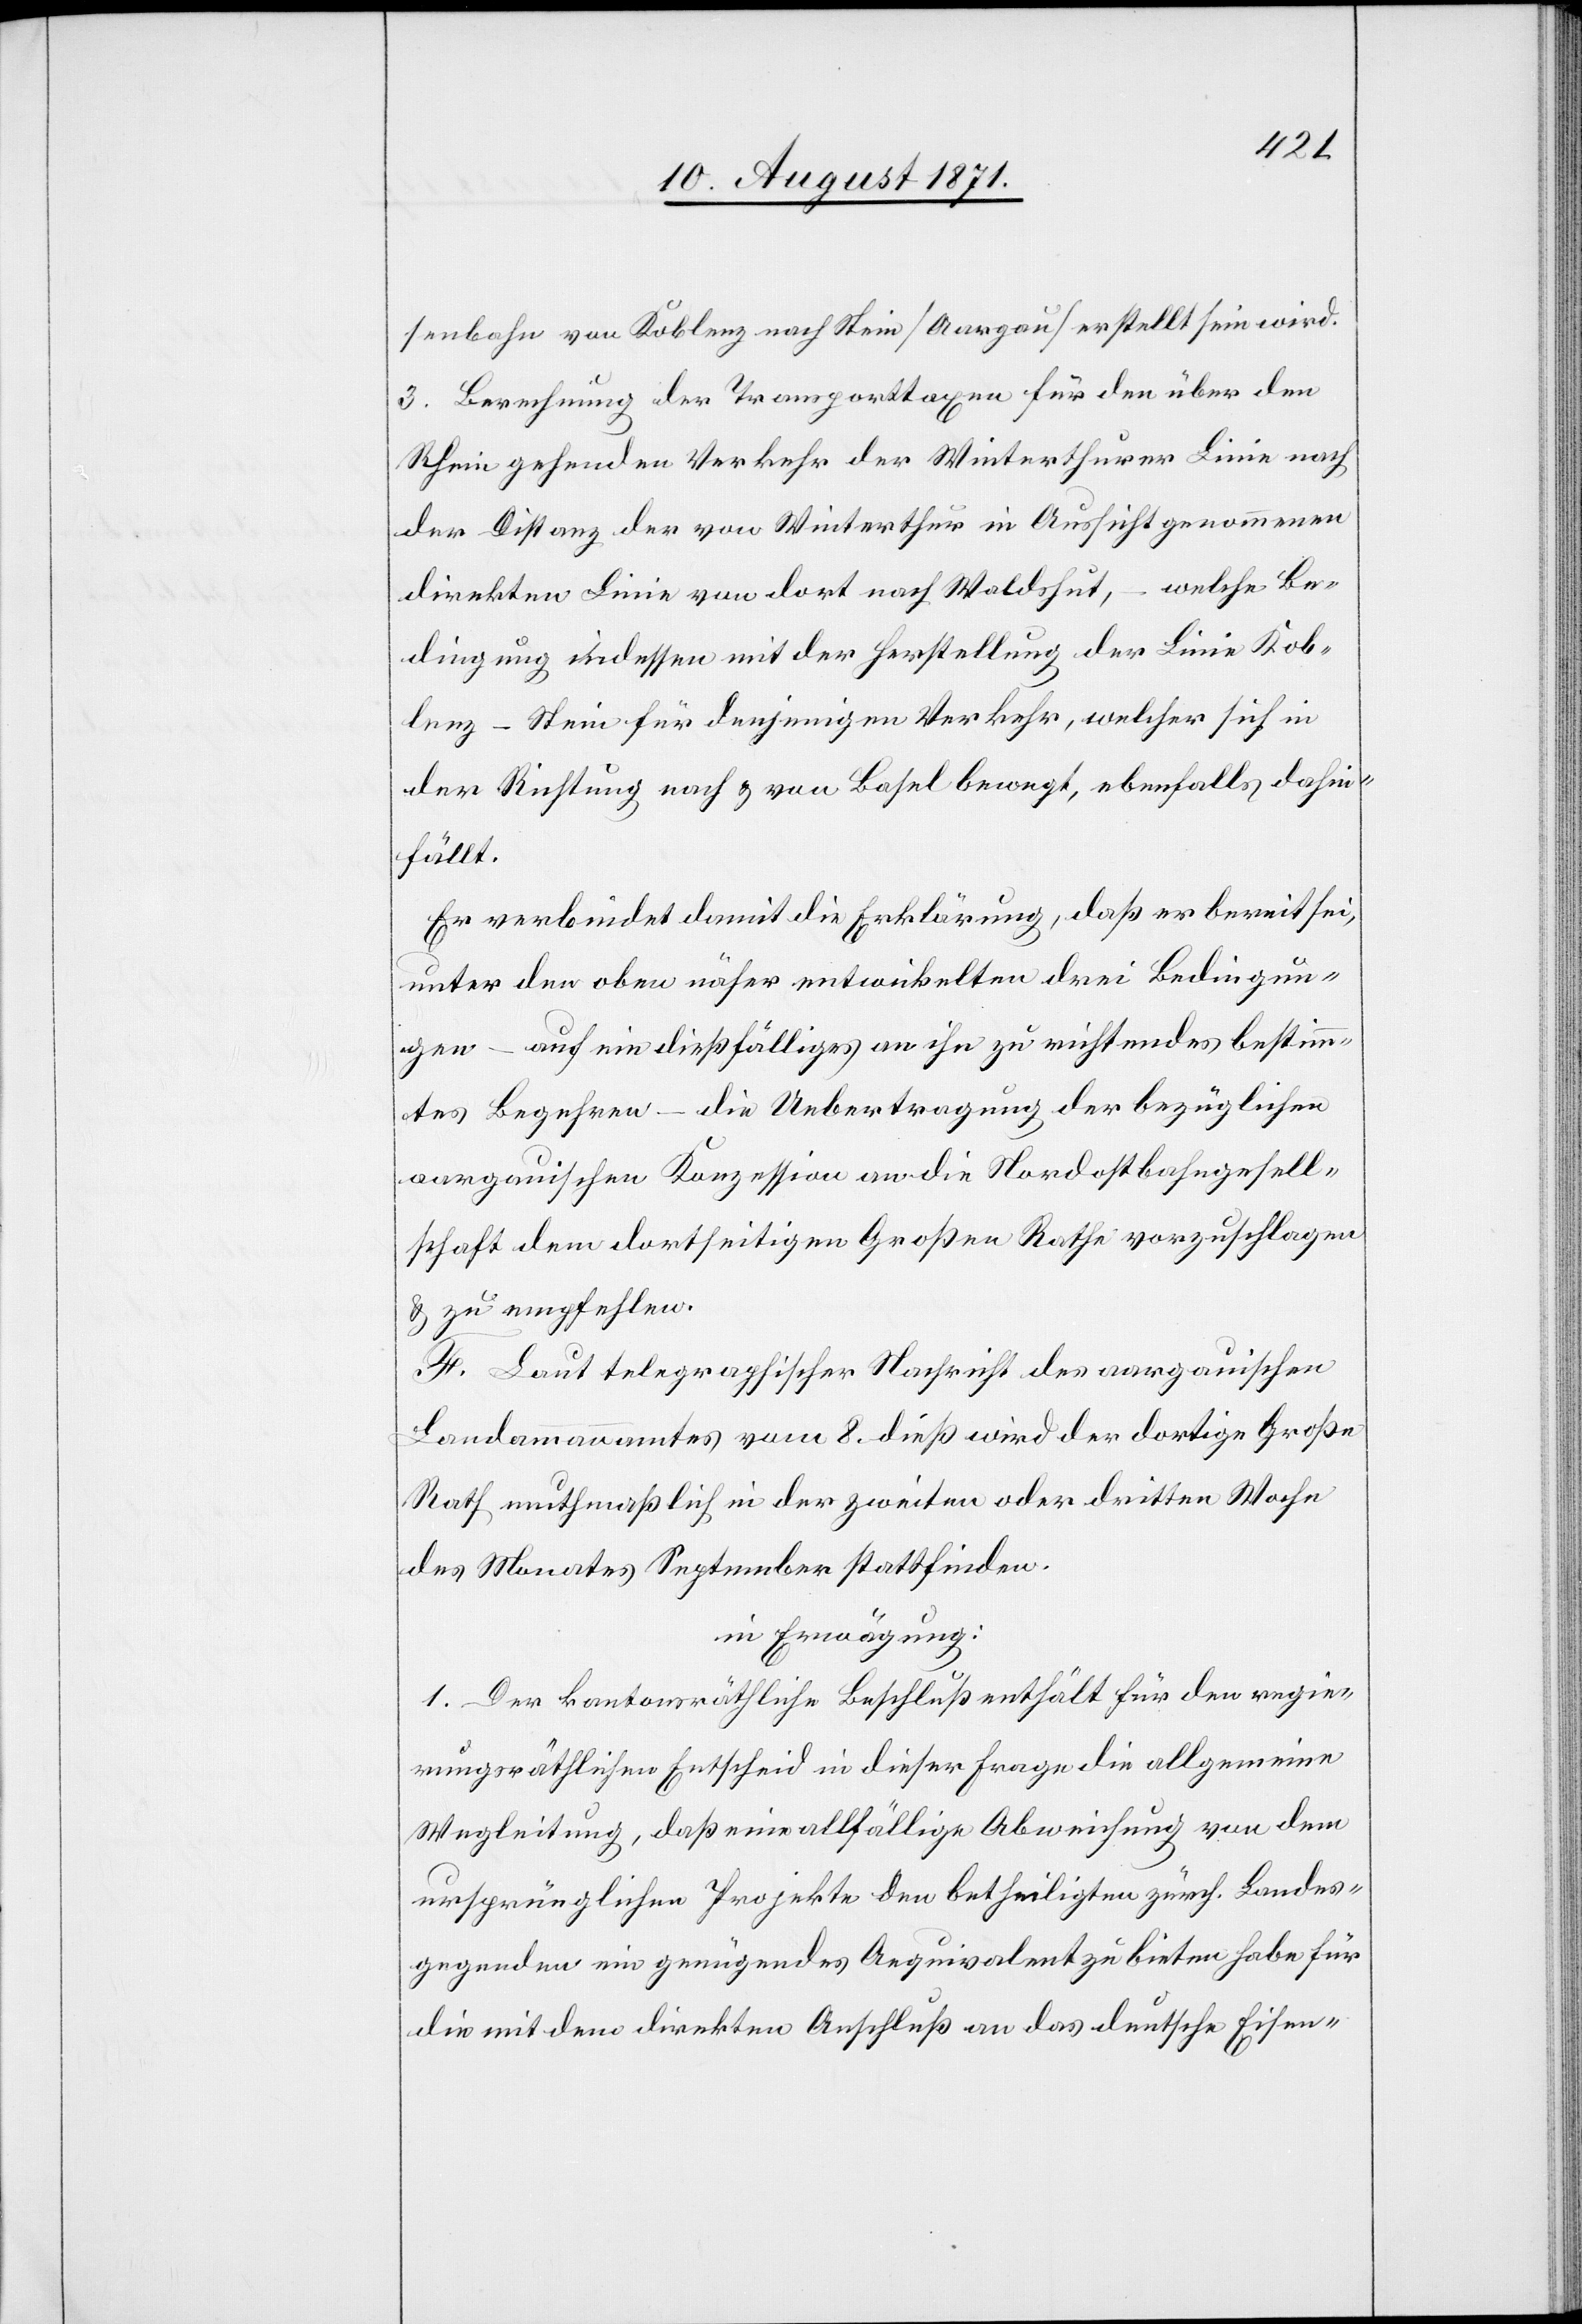
senbahn von Koblenz nach Stein [Aargau] erstellt sein wird.
3. Berechnung der Transporttaxen für den über den
Rhein gehenden Verkehr der Winterthurer Linie nach
der Distanz der von Winterthur in Aussicht genommenen
direkten Linie von dort nach Waldshut, – welche Be¬
dingung indessen mit der Herstellung der Linie Kob¬
lenz–Stein für denjenigen Verkehr, welcher sich in
der Richtung nach & von Basel bewegt, ebenfalls dahin¬
fällt.
Er verbindet damit die Erklärung, daß er bereit sei,
unter der oben näher entwickelten drei Bedingun¬
gen – auf ein dießfälliges an ihn zu richtendes bestimm¬
tes Begehren – die Uebertragung der bezüglichen
aargauischen Konzession an die Nordostbahngesell¬
schaft dem dortseitigen Großen Rath vorzuschlagen
& zu empfehlen.
4. Laut telegraphischer Nachricht des aargauischen
Landammanamtes vom 8. dieß wird der dortige Große
Rath muthmaßlich in der zweiten oder dritten Woche
des Monates September stattfinden.
In Erwägung:
1. Der kantonsräthliche Beschluß enthält für den regie¬
rungsräthlichen Entscheid in dieser Frage die allgemeine
Wegleitung, daß eine allfällige Abweisung von dem
ursprünglichen Projekte den Betheiligten zürch. Landes¬
gegenden ein genügendes Aequivalent zu bieten habe für
die mit dem direkten Anschluß an das deutsche Eisen-